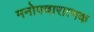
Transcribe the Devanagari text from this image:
मनोपचारात्मक